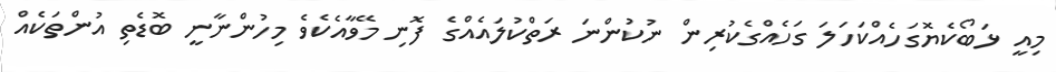
މިއީ ޅަބޯކެޔޮގަހެއްކަހަލަ ގަހެއްގެކުރިން ނުކުންނަ ރަތްކުލައެއްގެ ފޮނި މޭވާއެކެވެ މިހުންނާނީ ބޮޑެތި އުންތަކެއް